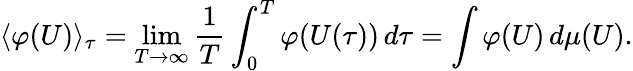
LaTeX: \langle\varphi(U)\rangle_{\tau}=\operatorname*{lim}_{T\to\infty}\frac{1}{T}\int_{0}^{T}\varphi(U(\tau))\, d\tau=\int\varphi(U)\, d\mu(U).